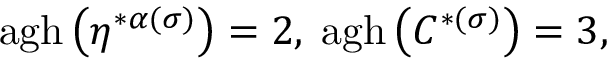
\mathrm { a g h } \left( \eta ^ { * \alpha ( \sigma ) } \right) = 2 , \; \mathrm { a g h } \left( C ^ { * ( \sigma ) } \right) = 3 ,